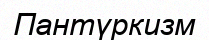
Пантүркизм